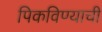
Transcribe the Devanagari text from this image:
पिकविण्याची